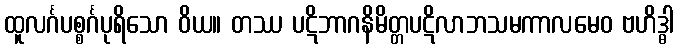
ထူလင်္ဂပစ္စင်္ဂပုရိသော ဝိယ။ တဿ ပဋိဘာဂနိမိတ္တပဋိလာဘသမကာလမေဝ ဗဟိဒ္ဓါ